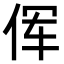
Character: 𫝈